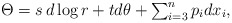
\begin{align*}\Theta = s\, d\log r+ td\theta + \textstyle\sum_{i=3}^{n} p_{i}dx_{i},\end{align*}